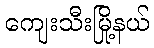
ကျေးသီးမြို့နယ်